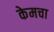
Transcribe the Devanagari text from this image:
केमचा